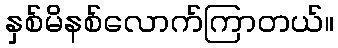
နှစ်မိနစ်လောက်ကြာတယ်။